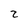
Character: z